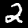
Digit: 2